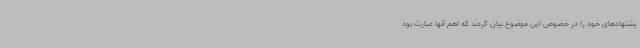
یشنهادهای خود را در خصوص این موضوع بیان کردند که اهم آنها عبارت بود